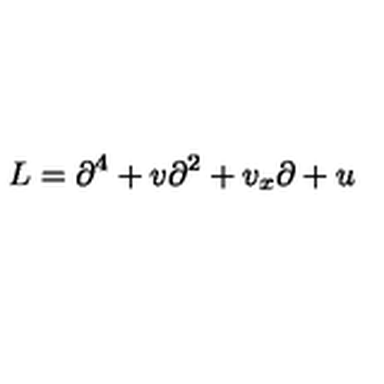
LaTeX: L = \partial ^ { 4 } + v \partial ^ { 2 } + v _ { x } \partial + u